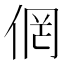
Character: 𱎴